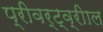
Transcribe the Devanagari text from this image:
प्रीवर्ट्व्रीाल